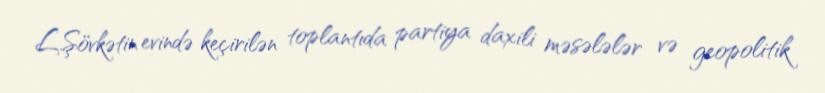
L.Şövkətin evində keçirilən toplantıda partiya daxili məsələlər və geopolitik